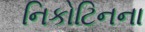
નિકોટિનના